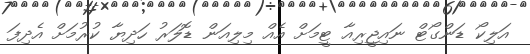
އަލިކޯ ޑަންގޯޓް ނައިޖީރިއާ ޓީމަށް އެއް މިލިއަން ޑޮލަރު ހަދިޔާ ކުރުމަށް އެދިފަ